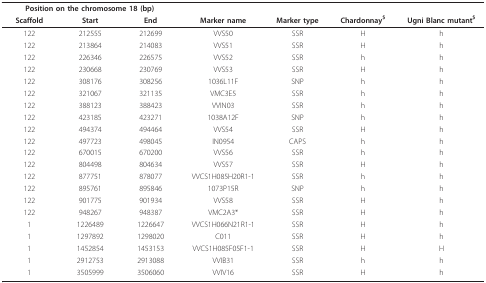
<table><thead><tr><td colspan="3"><b>Position on the chromosome 18 (bp)</b></td><td></td><td></td><td></td><td></td></tr><tr><td><b>Scaffold</b></td><td><b>Start</b></td><td><b>End</b></td><td><b>Marker name</b></td><td><b>Marker type</b></td><td><b>Chardonnay<sup>$</sup></b></td><td><b>Ugni Blanc mutant<sup>$</sup></b></td></tr></thead><tbody><tr><td>122</td><td>212555</td><td>212699</td><td>VVS50</td><td>SSR</td><td>H</td><td>h</td></tr><tr><td>122</td><td>213864</td><td>214083</td><td>VVS51</td><td>SSR</td><td>H</td><td>h</td></tr><tr><td>122</td><td>226346</td><td>226575</td><td>VVS52</td><td>SSR</td><td>h</td><td>h</td></tr><tr><td>122</td><td>230668</td><td>230769</td><td>VVS53</td><td>SSR</td><td>H</td><td>h</td></tr><tr><td>122</td><td>308176</td><td>308256</td><td>1036L11F</td><td>SNP</td><td>h</td><td>h</td></tr><tr><td>122</td><td>321067</td><td>321135</td><td>VMC3E5</td><td>SSR</td><td>h</td><td>h</td></tr><tr><td>122</td><td>388123</td><td>388423</td><td>VVIN03</td><td>SSR</td><td>h</td><td>h</td></tr><tr><td>122</td><td>423185</td><td>423271</td><td>1038A12F</td><td>SNP</td><td>h</td><td>h</td></tr><tr><td>122</td><td>494374</td><td>494464</td><td>VVS54</td><td>SSR</td><td>H</td><td>h</td></tr><tr><td>122</td><td>497723</td><td>498045</td><td>IN0954</td><td>CAPS</td><td>h</td><td>h</td></tr><tr><td>122</td><td>670015</td><td>670200</td><td>VVS56</td><td>SSR</td><td>h</td><td>h</td></tr><tr><td>122</td><td>804498</td><td>804634</td><td>VVS57</td><td>SSR</td><td>H</td><td>h</td></tr><tr><td>122</td><td>877751</td><td>878077</td><td>VVCS1H085H20R1-1</td><td>SSR</td><td>h</td><td>h</td></tr><tr><td>122</td><td>895761</td><td>895846</td><td>1073P15R</td><td>SNP</td><td>h</td><td>h</td></tr><tr><td>122</td><td>901775</td><td>901934</td><td>VVS58</td><td>SSR</td><td>H</td><td>h</td></tr><tr><td>122</td><td>948267</td><td>948387</td><td>VMC2A3*</td><td>SSR</td><td>H</td><td>h</td></tr><tr><td>1</td><td>1226489</td><td>1226647</td><td>VVCS1H066N21R1-1</td><td>SSR</td><td>H</td><td>h</td></tr><tr><td>1</td><td>1297892</td><td>1298020</td><td>C011</td><td>SSR</td><td>H</td><td>h</td></tr><tr><td>1</td><td>1452854</td><td>1453153</td><td>VVCS1H085F05F1-1</td><td>SSR</td><td>H</td><td>H</td></tr><tr><td>1</td><td>2912753</td><td>2913088</td><td>VVIB31</td><td>SSR</td><td>h</td><td>h</td></tr><tr><td>1</td><td>3505999</td><td>3506060</td><td>VVIV16</td><td>SSR</td><td>H</td><td>h</td></tr></tbody></table>